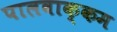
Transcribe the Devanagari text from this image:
पालवाक्कम